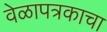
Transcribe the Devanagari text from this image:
वेळापत्रकाचा